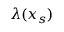
\lambda ( x _ { s } )